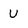
Character: U